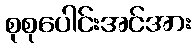
စုစုပေါင်းအင်အား